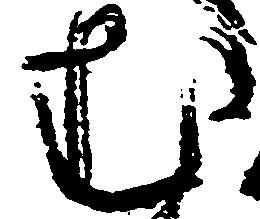
む